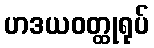
ဟဒယဝတ္ထုရုပ်